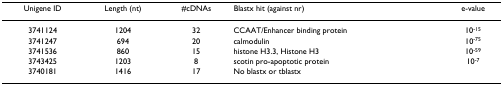
| Unigene ID | Length (nt) | #cDNAs | Blastx hit (against nr) | e-value |
 | --- | --- | --- | --- | --- |
 | 3741124 | 1204 | 32 | CCAAT/Enhancer binding protein | 10-15 |
 | 3741247 | 694 | 20 | calmodulin | 10-75 |
 | 3741536 | 860 | 15 | histone H3.3, Histone H3 | 10-59 |
 | 3743425 | 1203 | 8 | scotin pro-apoptotic protein | 10-7 |
 | 3740181 | 1416 | 17 | No blastx or tblastx |  |